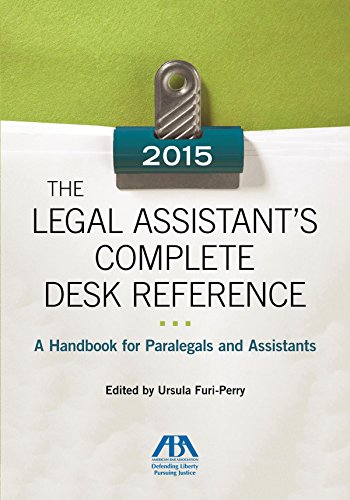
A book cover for The 2015 Legal Assistant's Complete Desk Reference: A Handbook for Paralegals and Assistants; Law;